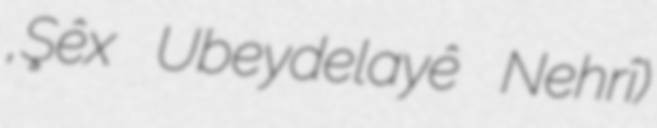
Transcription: ,Şêx Ubeydelayê Nehrî)